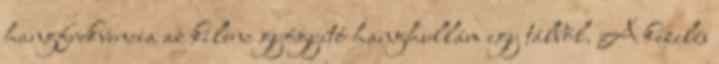
hangfrekvencia az kilenc gyógyító hanghullám egy tálból. A kezelés